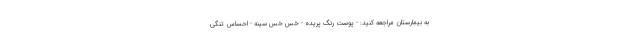
به بیمارستان مراجعه کنید: - پوست رنگ پریده - خس خس سینه - احساس تنگی